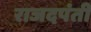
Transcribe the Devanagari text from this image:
राजदपंती